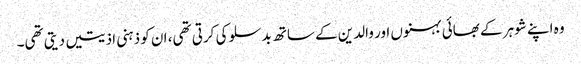
وہ اپنے شوہر کے بھائی بہنوں اور والدین کے ساتھ بدسلوکی کرتی تھی، ان کو ذہنی اذیتیں دیتی تھی۔